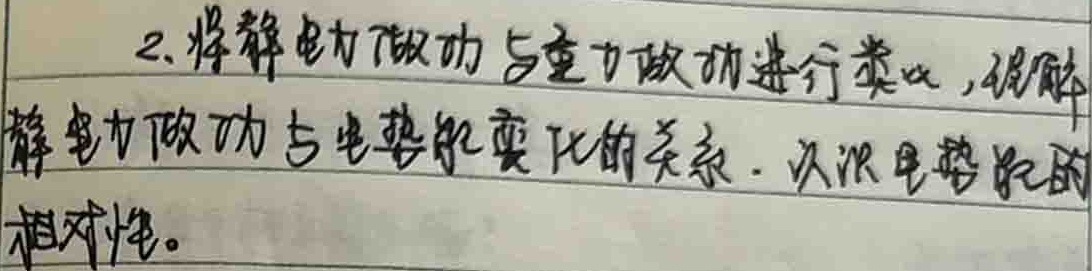
2.将静电力做功与重力做功进行类比，说明
静电力做功与电势能变化的关系. 认识电势能的
相对性。